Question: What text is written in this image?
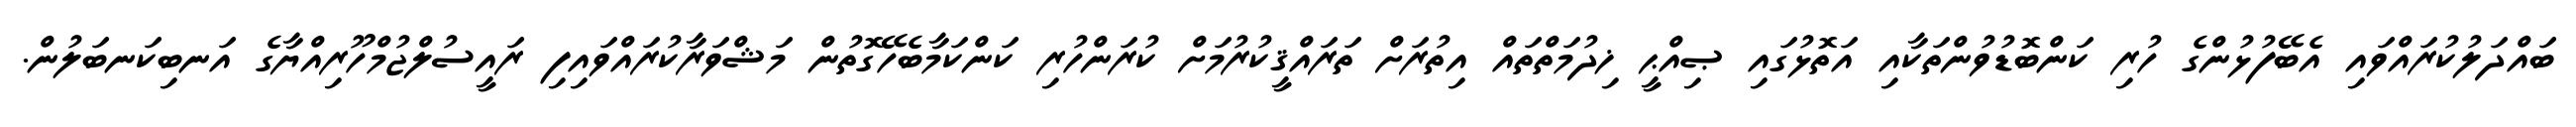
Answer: ބައްދަލުކުރައްވައި އެބޭފުޅުންގެ ހުރި ކަންބޮޑުވުންތަކާއި އަތޮޅުގައި ޞިއްޙީ ޚިދުމަތްތައް އިތުރަށް ތަރައްޤީކުރުމަށް ކުރަންހުރި ކަންކަމާބެހޭގޮތުން މަޝްވަރާކުރައްވައިފި ރައީސުލްޖުމްހޫރިއްޔާގެ އަނބިކަނބަލުން.